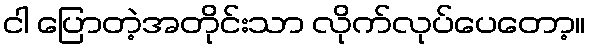
ငါ ပြောတဲ့အတိုင်းသာ လိုက်လုပ်ပေတော့။